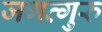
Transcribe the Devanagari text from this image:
जगत्गुरु